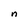
Character: n